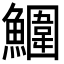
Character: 𩼀